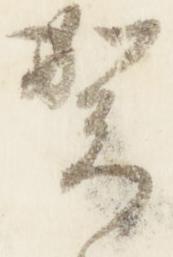
賀